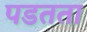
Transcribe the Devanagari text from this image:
पडतता